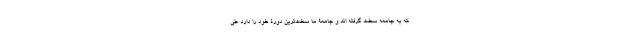
که به جامعه سخت گرفته اند و جامعۀ ما سخت‌ترین دورۀ خود را دارد طی